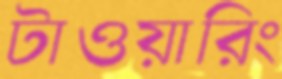
টাওয়ারিং